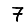
Digit: 7